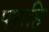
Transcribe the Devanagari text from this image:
पराहि